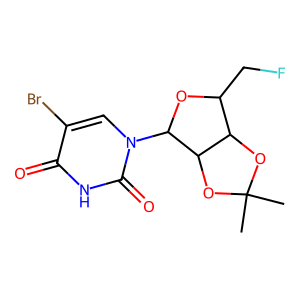
SMILES: CC1(C)OC2C(CF)OC(n3cc(Br)c(=O)[nH]c3=O)C2O1
Inhibits HIV replication: No